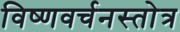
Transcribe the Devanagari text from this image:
विष्णवर्चनस्तोत्र